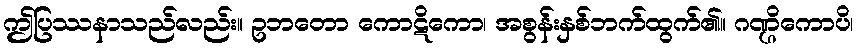
ဤပြဿနာသည်လည်း။ ဥဘတော ကောဋိကော၊ အစွန်းနှစ်ဘက်ထွက်၏။ ဂဏ္ဌိကောပိ၊